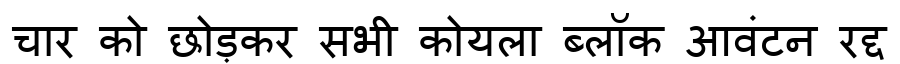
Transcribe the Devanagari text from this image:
चार को छोड़कर सभी कोयला ब्लॉक आवंटन रद्द